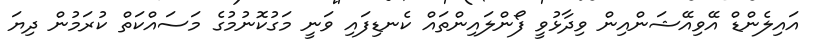
އައިލެންޑް އޭވިއޭޝަންއިން ވިދާޅުވީ ފޯންލައިންތައް ކެނޑިފައި ވަނީ މަގުކޮނުމުގެ މަސައްކަތް ކުރަމުން ދިޔަ